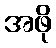
အဖို